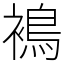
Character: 𧜣